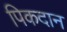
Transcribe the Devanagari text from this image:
पिकदान